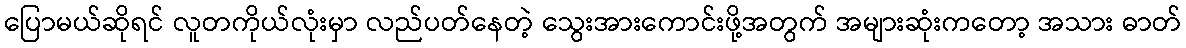
ပြောမယ်ဆိုရင် လူတကိုယ်လုံးမှာ လည်ပတ်နေတဲ့ သွေးအားကောင်းဖို့အတွက် အများဆုံးကတော့ အသား ဓာတ်